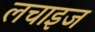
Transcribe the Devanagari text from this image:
लचाइज